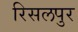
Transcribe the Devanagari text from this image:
रिसलपुर